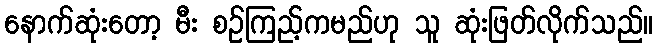
နောက်ဆုံးတော့ မီး စဉ်ကြည့်ကမည်ဟု သူ ဆုံးဖြတ်လိုက်သည်။